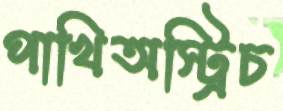
পাখিঅস্ট্রিচ